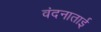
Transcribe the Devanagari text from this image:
वंदनाताई